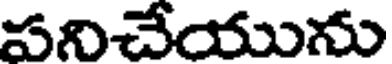
పనిచేయును